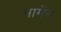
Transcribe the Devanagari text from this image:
मामेंन